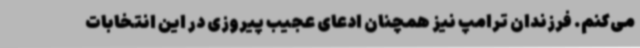
می‌کنم. فرزندان ترامپ نیز همچنان ادعای عجیب پیروزی در این انتخابات